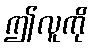
ဤလူကို